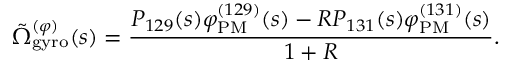
\tilde { \Omega } _ { \mathrm { g y r o } } ^ { ( \varphi ) } ( s ) = \frac { P _ { 1 2 9 } ( s ) \varphi _ { \mathrm { P M } } ^ { ( 1 2 9 ) } ( s ) - R P _ { 1 3 1 } ( s ) \varphi _ { \mathrm { P M } } ^ { ( 1 3 1 ) } ( s ) } { 1 + R } .